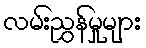
လမ်းညွှန်မှုများ